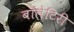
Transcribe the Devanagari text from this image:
बॉलेटिरी